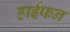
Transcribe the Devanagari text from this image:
हाईफन